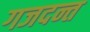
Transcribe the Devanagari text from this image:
गजदन्त